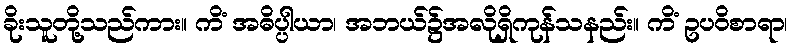
ခိုးသူတို့သည်ကား။ ကိံ အဓိပ္ပါယာ၊ အဘယ်၌အလိုရှိကုန်သနည်း။ ကိံ ဥပဝိစာရာ၊